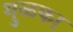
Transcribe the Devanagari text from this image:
गुळफा